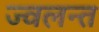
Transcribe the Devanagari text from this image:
ज्‍वलन्‍त